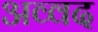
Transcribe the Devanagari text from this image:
अव्वद